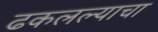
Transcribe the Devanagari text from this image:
ढकलल्याचा